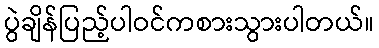
ပွဲချိန်ပြည့်ပါဝင်ကစားသွားပါတယ်။